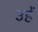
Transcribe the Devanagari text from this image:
उहें